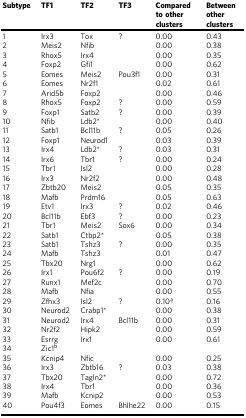
<table><thead><tr><td><b>Subtype</b></td><td><b>TF1</b></td><td><b>TF2</b></td><td><b>TF3</b></td><td><b>Compared to other clusters</b></td><td><b>Between other clusters</b></td></tr></thead><tbody><tr><td>1</td><td>Irx3</td><td>Tox</td><td>?</td><td>0.00</td><td>0.43</td></tr><tr><td>2</td><td>Meis2</td><td>Nfib</td><td></td><td>0.00</td><td>0.38</td></tr><tr><td>3</td><td>Rhox5</td><td>Irx4</td><td></td><td>0.00</td><td>0.35</td></tr><tr><td>4</td><td>Foxp2</td><td>Gfi1</td><td></td><td>0.00</td><td>0.62</td></tr><tr><td>5</td><td>Eomes</td><td>Meis2</td><td>Pou3f1</td><td>0.00</td><td>0.31</td></tr><tr><td>6</td><td>Eomes</td><td>Nr2f1</td><td></td><td>0.02</td><td>0.61</td></tr><tr><td>7</td><td>Arid5b</td><td>Foxp2</td><td></td><td>0.00</td><td>0.46</td></tr><tr><td>8</td><td>Rhox5</td><td>Foxp2</td><td>?</td><td>0.00</td><td>0.59</td></tr><tr><td>9</td><td>Foxp1</td><td>Satb2</td><td>?</td><td>0.00</td><td>0.39</td></tr><tr><td>10</td><td>Nfib</td><td>Ldb2*</td><td></td><td>0.00</td><td>0.40</td></tr><tr><td>11</td><td>Satb1</td><td>Bcl11b</td><td>?</td><td>0.05</td><td>0.26</td></tr><tr><td>12</td><td>Foxp1</td><td>Neurod1</td><td></td><td>0.03</td><td>0.39</td></tr><tr><td>13</td><td>Irx4</td><td>Ldb2*</td><td>?</td><td>0.03</td><td>0.31</td></tr><tr><td>14</td><td>Irx6</td><td>Tbr1</td><td>?</td><td>0.00</td><td>0.24</td></tr><tr><td>15</td><td>Tbr1</td><td>Isl2</td><td></td><td>0.00</td><td>0.28</td></tr><tr><td>16</td><td>Irx3</td><td>Nr2f2</td><td></td><td>0.00</td><td>0.48</td></tr><tr><td>17</td><td>Zbtb20</td><td>Meis2</td><td></td><td>0.05</td><td>0.35</td></tr><tr><td>18</td><td>Mafb</td><td>Prdm16</td><td></td><td>0.05</td><td>0.63</td></tr><tr><td>19</td><td>Etv1</td><td>Irx3</td><td>?</td><td>0.02</td><td>0.46</td></tr><tr><td>20</td><td>Bcl11b</td><td>Ebf3</td><td>?</td><td>0.00</td><td>0.23</td></tr><tr><td>21</td><td>Tbr1</td><td>Meis2</td><td>Sox6</td><td>0.00</td><td>0.34</td></tr><tr><td>22</td><td>Satb1</td><td>Ctbp2*</td><td></td><td>0.05</td><td>0.38</td></tr><tr><td>23</td><td>Satb1</td><td>Tshz3</td><td>?</td><td>0.00</td><td>0.35</td></tr><tr><td>24</td><td>Mafb</td><td>Tshz3</td><td></td><td>0.01</td><td>0.47</td></tr><tr><td>25</td><td>Tbx20</td><td>Nrg1</td><td></td><td>0.00</td><td>0.62</td></tr><tr><td>26</td><td>Irx1</td><td>Pou6f2</td><td>?</td><td>0.00</td><td>0.19</td></tr><tr><td>27</td><td>Runx1</td><td>Mef2c</td><td></td><td>0.00</td><td>0.70</td></tr><tr><td>28</td><td>Mafb</td><td>Nfia</td><td></td><td>0.00</td><td>0.55</td></tr><tr><td>29</td><td>Zfhx3</td><td>Isl2</td><td>?</td><td>0.10a</td><td>0.16</td></tr><tr><td>30</td><td>Neurod2</td><td>Crabp1*</td><td></td><td>0.00</td><td>0.38</td></tr><tr><td>31</td><td>Neurod2</td><td>Irx4</td><td>Bcl11b</td><td>0.00</td><td>0.31</td></tr><tr><td>32</td><td>Nr2f2</td><td>Hipk2</td><td></td><td>0.00</td><td>0.59</td></tr><tr><td>33</td><td>Esrrg</td><td>Irx1</td><td></td><td>0.00</td><td>0.61</td></tr><tr><td>34</td><td>Zic1<sup>b</sup></td><td></td><td></td><td></td><td></td></tr><tr><td>35</td><td>Kcnip4</td><td>Nfic</td><td></td><td>0.00</td><td>0.25</td></tr><tr><td>36</td><td>Irx3</td><td>Zbtb16</td><td>?</td><td>0.03</td><td>0.38</td></tr><tr><td>37</td><td>Tbx20</td><td>Tagln2*</td><td></td><td>0.00</td><td>0.72</td></tr><tr><td>38</td><td>Irx4</td><td>Tbr1</td><td></td><td>0.00</td><td>0.36</td></tr><tr><td>39</td><td>Mafb</td><td>Kcnip2</td><td></td><td>0.00</td><td>0.53</td></tr><tr><td>40</td><td>Pou4f3</td><td>Eomes</td><td>Bhlhe22</td><td>0.00</td><td>0.15</td></tr></tbody></table>